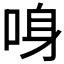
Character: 𠲳